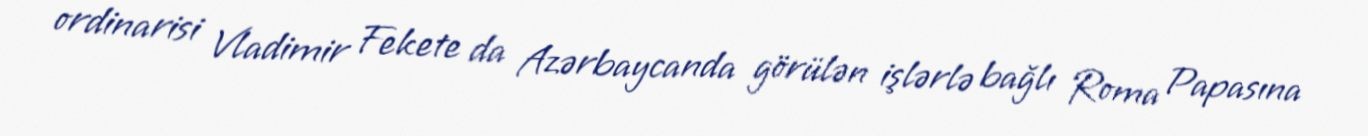
ordinarisi Vladimir Fekete da Azərbaycanda görülən işlərlə bağlı Roma Papasına